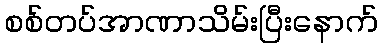
စစ်တပ်အာဏာသိမ်းပြီးနောက်